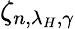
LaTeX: \zeta_{n,\lambda_{H},\gamma}